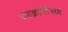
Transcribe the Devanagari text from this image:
पंचक्रोशीमध्ये